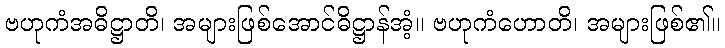
ဗဟုကံအဓိဋ္ဌာတိ၊ အများဖြစ်အောင်ဓိဋ္ဌာန်အံ့။ ဗဟုကံဟောတိ၊ အများဖြစ်၏။